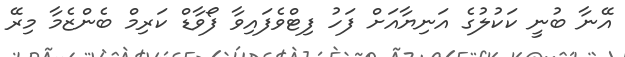
އޭނާ ބުނީ ކަކުލުގެ އަނިޔާއަށް ފަހު ފިޓްވެފައިވާ ފޯވާޑް ކަރިމް ބެންޒެމާ މިރޭ